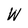
Character: w